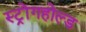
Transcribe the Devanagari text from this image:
स्ट्रोंगहोल्ड